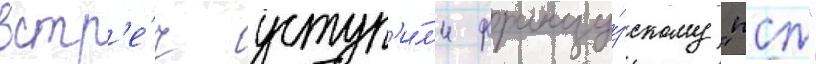
встр'е́ч уступ'и́л'и францу́зскому "псж"